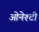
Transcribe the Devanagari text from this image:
ओनेश्टी